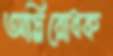
অগ্নিরোধক